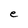
Character: e